Jaan_Tonisson_(Lasteleht), lk 86
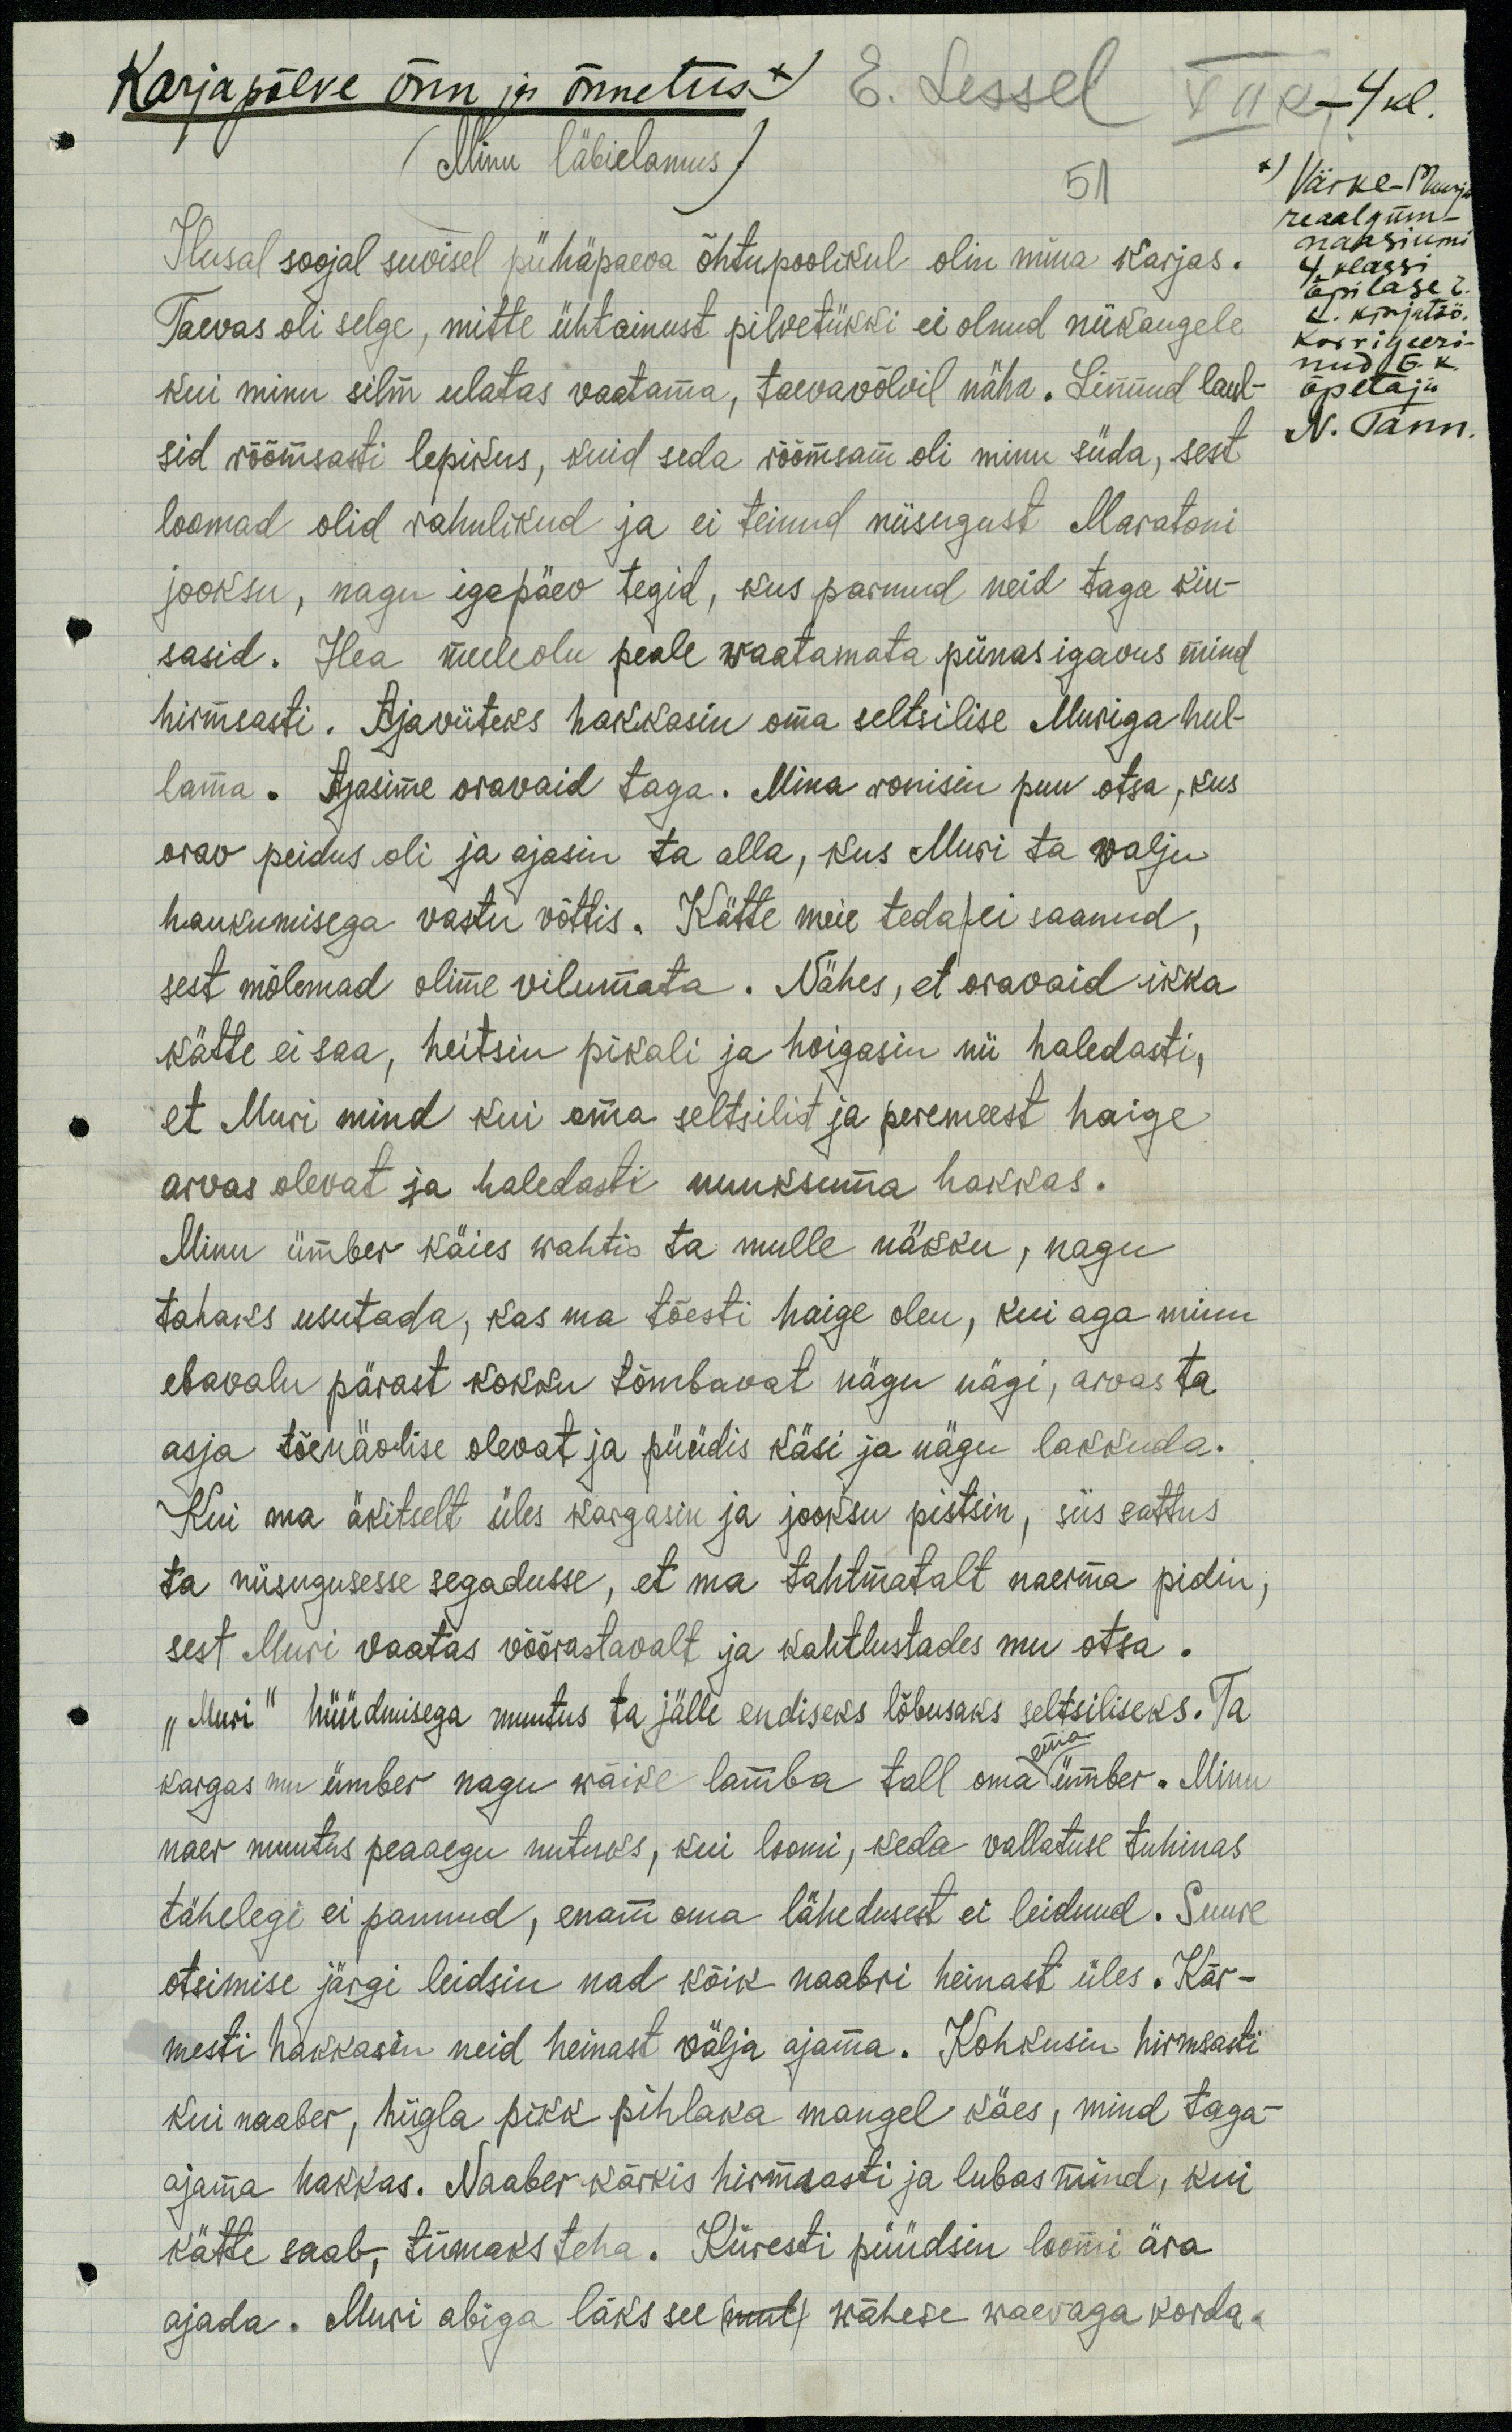
Karjapõlve õnn ja õnnetus x) E. Lessel VII k-4kl
(Minu läbielamus)
51
x) Väike-Maarja
Ilusal soojal suvisel pühäpaeva õhtupoolikul olin mina karjas.
reaalgüm-
naasiumi
4 klassi.
õpilase E.
Taevas oli selge, mitte ühtainust pilvetükki ei olnud niikaugele
L. kirjutöö.
kui minu silm ulatas vaatama, taevavõlvil näha. Linnud laul-
Korrigeeri
nud E. k.
õpetaja
sid rõõmsasti lepikus, kuid seda rõõmsam oli minu süda, sest
N. Tann.
loomad olid rahulikud ja ei teinud niisugust Maratoni
jooksu, nagu igapäev tegid, kus parnud neid taga kiu-
sasid. Hea meeleolu peale waatamata piinas igavus mind
hirmsasti. Ajaviiteks hakkasin oma seltsilise Muriga hul-
lama. Ajasime oravaid taga. Mina ronisin puu otsa, kus
orav peidus oli ja ajasin ta alla, kus Muri ta valju
haukumisega vastu võttis. Kätte meie teda / ei saanud,
sest mõlemad olime vilumata. Nähes, et oravaid ikka
kätte ei saa, heitsin pikali ja hoigasin nii haledasti,
et Muri mind kui oma seltsilit ja peremeest haige
arvas olevat ja haledasti nuuksuma hakkas.
Minu ümber käies wahtis ta mulle näkku, nagu
tahaks usutada, kas ma tõesti haige olen, kui aga minu
ebavalu pärast kokku tõmbavat nägu nägi, arvas ta
asja tõenäolise olevat ja püüdis käsi ja nägu lakkuda.
Kui ma äkitselt üles kargasin ja jooksu pistsin, siis sattus
ta niisugusesse segadusse, et ma tahtmatalt naerma pidin,
sest Muri vaatas võõrastavalt ja kahtlustades mu otsa.
"Muri" hüüdmisega muutus ta jälle endiseks lõbusaks seltsiliseks. Ta
ema
kargas mu ümber nagu wäike lamba tall oma ümber. Minu
naer muutus peaaegu nutuks, kui loomi, keda vallatuse tuhinas
tähelegi ei pannud, enam oma lähedusest ei leidnud. Suure
otsimise järgi leidsin nad kõik naabri heinast üles. Kär-
mesti hakkasin neid heinast välja ajama. Kohkusin hirmsati
kui naaber, hiigla pikk pihlaka mangel käes, mind taga-
ajama hakkas. Naaber kärkis hirmsasti ja lubas mind, kui
kätte saab, tümaks teha. Kiiresti püüdsin loomi ära
ajada. Muri abiga läks see mul wähese waevaga korda.